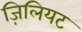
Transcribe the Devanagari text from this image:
ज़िलियट